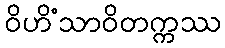
ဝိဟိံသာဝိတက္ကဿ